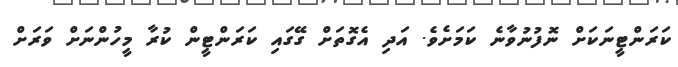
ކަރަންޓީނަކަށް ނޮފުނުވާނެ ކަމަށެވެ. އަދި އެގޮތަށް ގޭގައި ކަރަންޓީން ކުރާ މީހުންނަށް ވަރަށް